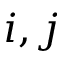
i , j